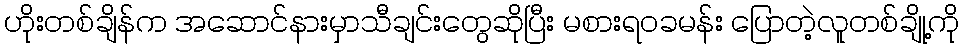
ဟိုးတစ်ချိန်က အဆောင်နားမှာသီချင်းတွေဆိုပြီး မစားရဝခမန်း ပြောတဲ့လူတစ်ချို့ကို